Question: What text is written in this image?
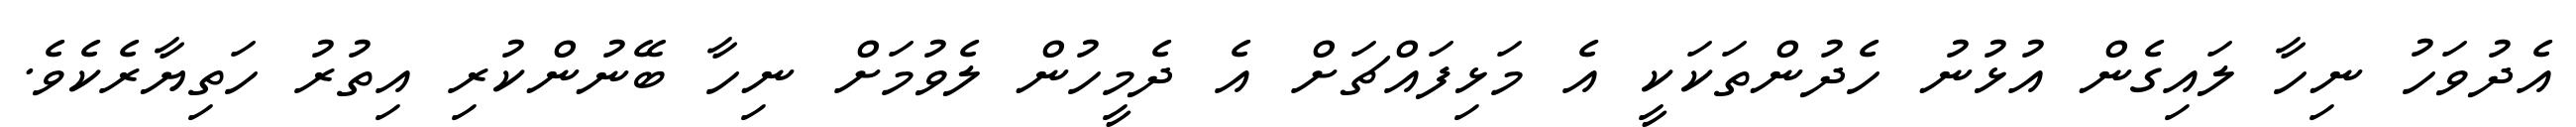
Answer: އެދުވަހު ނިހާ ލައިގެން އުޅުނު ހެދުންތަކަކީ އެ މަޅިފައްޗަށް އެ ދެމީހުން ލެވުމަށް ނިހާ ބޭނުންކުރި އިތުރު ހަތިޔާރެކެވެ.